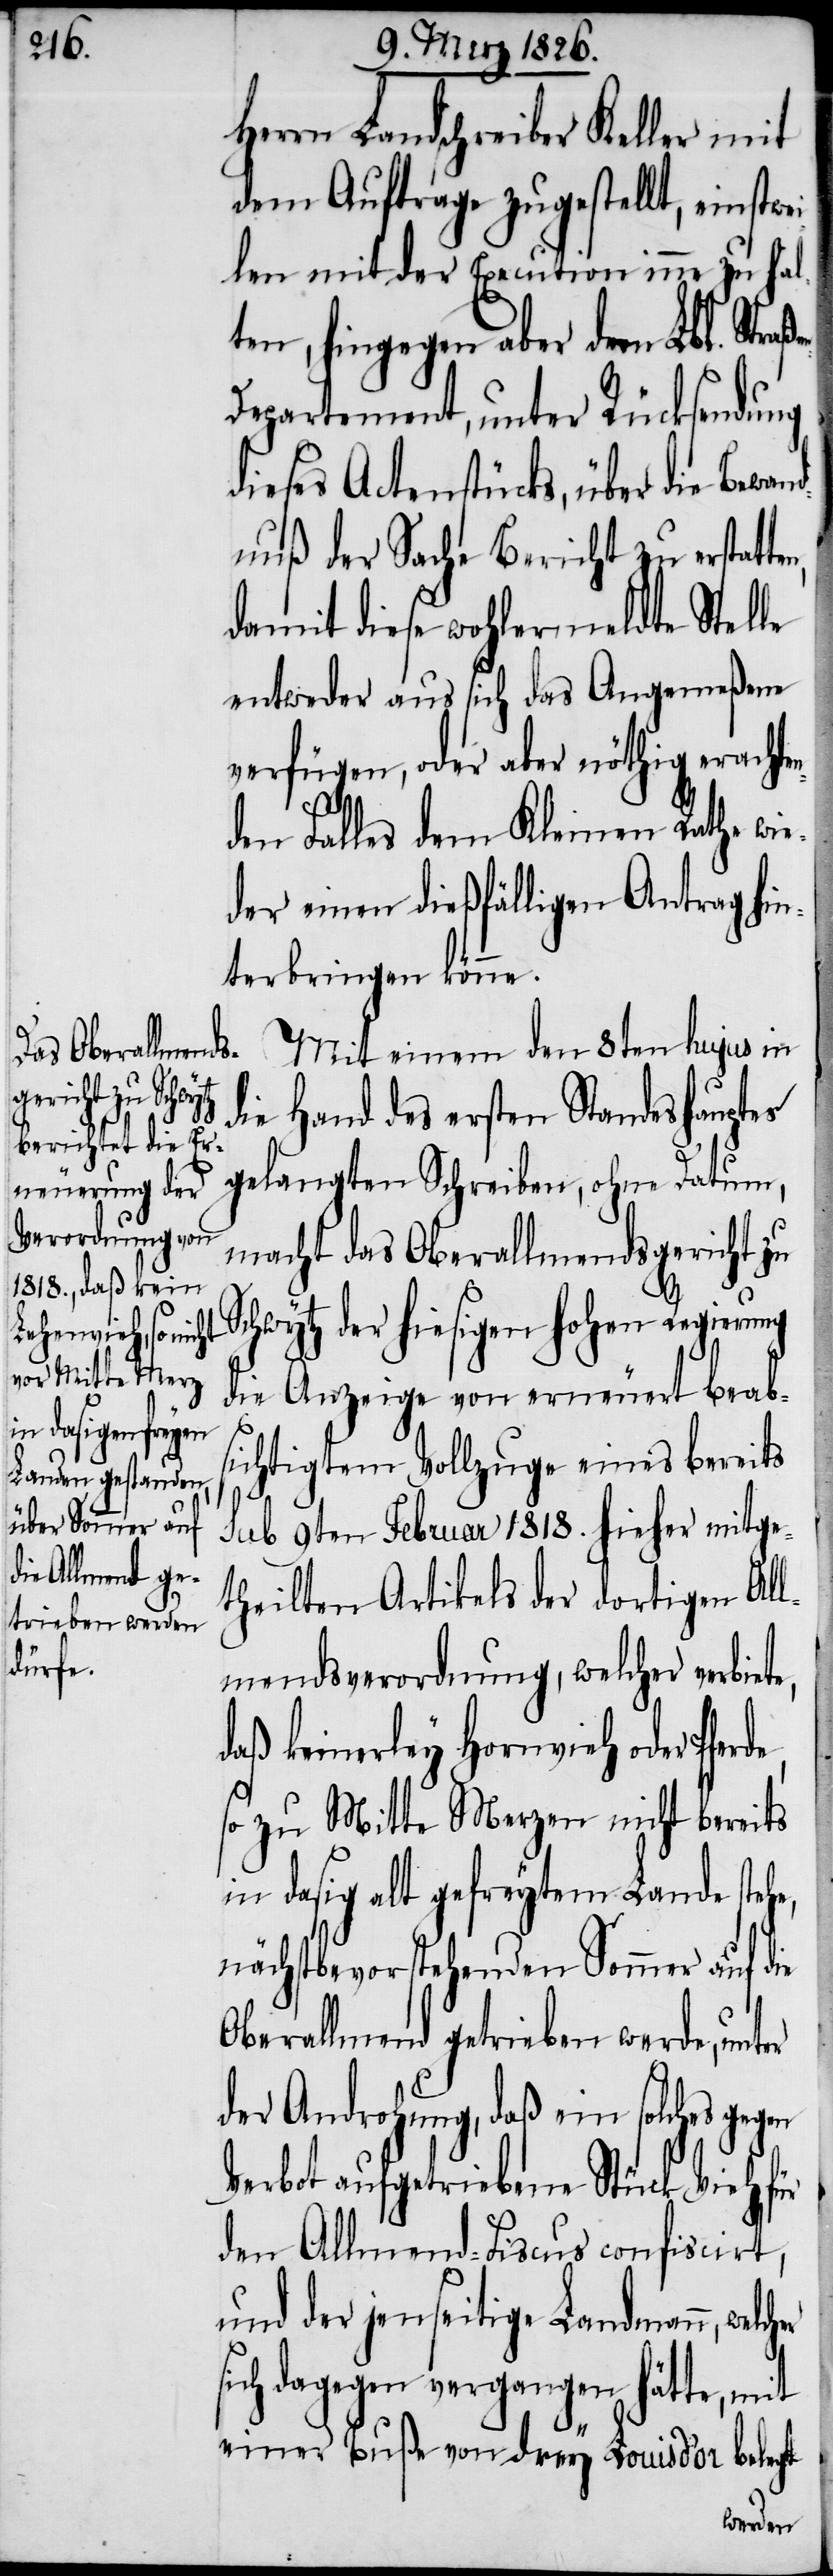
Herrn Landschreiber Keller mit
dem Auftrage zugestellt, einstwe¬
ilen mit der Execution inne zu hal¬
ten, hingegen aber dem Lbl. Straß¬
epartement, unter Rücksendung
dieses Actenstückes, über die Bewand¬
nuß der Sache Bericht zu erstatt¬
damit diese wohlermeldte Stelle
entweder aus sich das Angemeßene
verfügen, oder aber nöthig erachten¬
er
s¬
den Falles dem Kleinen Rathe wie¬
der einen dießfälligen Antrag hin¬
terbringen könne.
Mit einem den 8ten hujus in
en-D¬
die Hand des ersten Standeshauptes
gelangten Schreiben, ohne Datum,
macht das Oberallmendsgericht zu
chwytz der hiesigen hohen Regierung
die Anzeige von erneuert beab¬
sichtigtem Vollzuge eines bereits
sub 9ten Februar 1818. hieher mitge¬
theilten Artikels der dortigen All¬
mendsverordnung, welcher verbiet¬
daß keinerley Hornvieh oder Pferde,
so zu Mitte Merzen nicht bereits
in dasig alt gefreytem Lande stehe,
nächstbevorstehenden Sommer auf die
Oberallmend getrieben werde, unter
der Androhung, daß ein solches geg¬
Verbot aufgetriebene Stück Vieh für
den Allmend-Fiscus confiscirt,
und der jenseitige Landmann, welch¬
ich dagegen vergangen hätte, mit
einer Buße von drey Louisd’or belegt